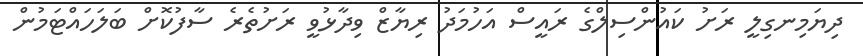
ދިޔަމިނގިލީ ރަށު ކައުންސިލްގެ ރައީސް އަހުމަދު ރިޔާޒް ވިދާޅުވީ ރަށުތެރެ ސާފުކޮށް ބަލަހައްޓަމުން